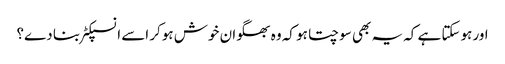
اور ہوسکتا ہے کہ یہ بھی سوچتا ہو کہ وہ بھگوان خوش ہوکر اسے انسپکٹر بنا دے؟